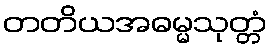
တတိယအဓမ္မသုတ္တံ